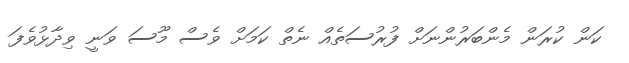
ކަން ކުރަން މެންބަރުންނަށް ފުރުސަތެއް ނެތް ކަމަށް ވެސް މޫސަ ވަނީ ވިދާޅުވެފަ